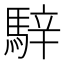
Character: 騂